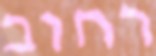
רחוב